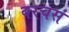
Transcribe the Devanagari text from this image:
बरचसं